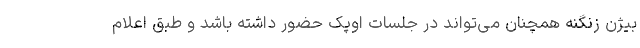
بیژن زنگنه همچنان می‌تواند در جلسات اوپک حضور داشته باشد و طبق اعلام